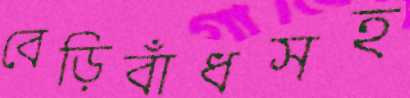
বেড়িবাঁধসহ